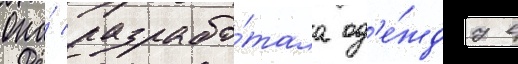
Она́ разрабо́тала од'е́жду в